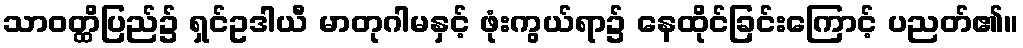
သာဝတ္ထိပြည်၌ ရှင်ဥဒါယီ မာတုဂါမနှင့် ဖုံးကွယ်ရာ၌ နေထိုင်ခြင်းကြောင့် ပညတ်၏။